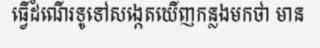
ធ្វើដំណើរទូទៅសង្កេតឃើញកន្លងមកថា មាន